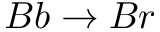
B b \rightarrow B r